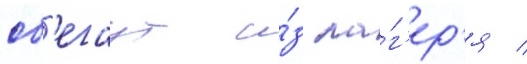
сб'егаут и́з ла́г'ер'я /